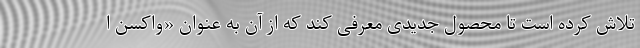
تلاش کرده است تا محصول جدیدی معرفی کند که از آن به عنوان «واکسن ا